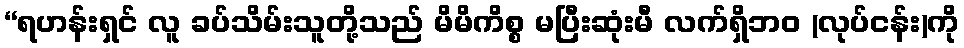
“ရဟန်းရှင် လူ ခပ်သိမ်းသူတို့သည် မိမိကိစ္စ မပြီးဆုံးမီ လက်ရှိဘဝ (လုပ်ငန်း)ကို